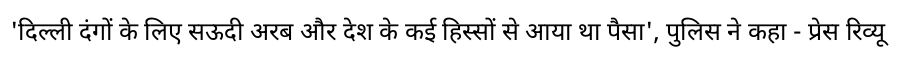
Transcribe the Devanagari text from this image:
'दिल्ली दंगों के लिए सऊदी अरब और देश के कई हिस्सों से आया था पैसा', पुलिस ने कहा - प्रेस रिव्यू